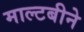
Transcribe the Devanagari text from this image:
माल्टबीने